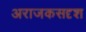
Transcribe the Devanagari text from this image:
अराजकसदृश